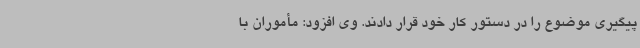
پیگیری موضوع را در دستور کار خود قرار دادند. وی افزود: مأموران با